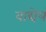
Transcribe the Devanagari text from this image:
वाद्येयं